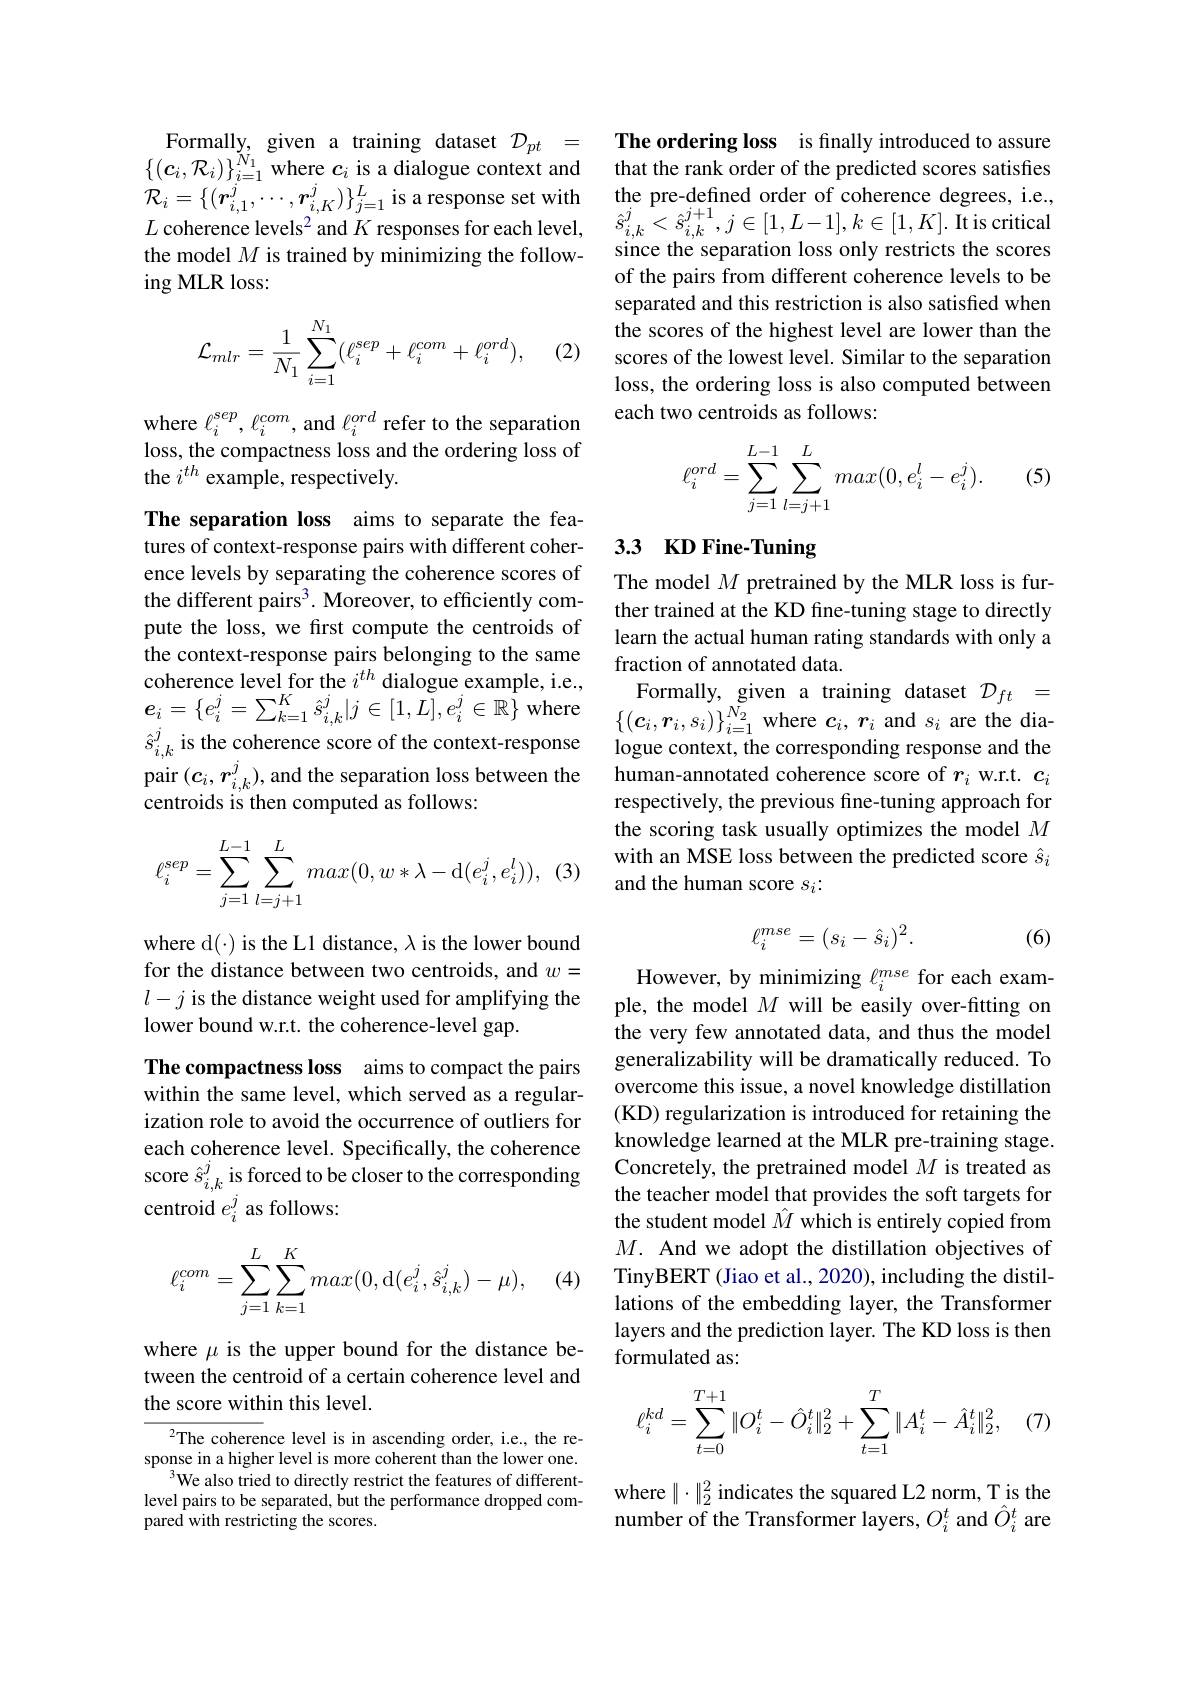
Formally, given a training dataset $\mathcal{D}_pt=$ $\{(\boldsymbol{c}_i,\mathcal{R}_i)\}_{i=1}^{\breve{N}_1}$where $\boldsymbol c_i$ is a dialogue context and $\mathcal{R} _i= \{ ( r_{i, 1}^j, \cdots , r_{i, K}^j) \} _{j= 1}^L$ is a response set with the pre- defined order of coherence degres, i. e, $L\text{ coherence levels}^2$and $K$ responses for each level, $\hat{s} _{i, k}^j< \hat{s} _{i, k}^{j+ 1}, j\in [ 1, L- 1] , k\in [ 1, K] .$ Itis critical the mod
ing MLR loss:
$$\begin{aligned}\mathcal{L}_{mlr}=\frac{1}{N_1}\sum_{i=1}^{N_1}(\ell_i^{sep}+\ell_i^{com}+\ell_i^{ord}),\end{aligned}$$
(2)

where $\ell_i^{sep},\ell_i^{com}$, and $\ell_i^{ord}$ refer to the separation loss, the compactness loss and the ordering loss of the $i^th$ example, respectively.

The separation loss aims to separate the features of context-response pairs with different coherence levels by separating the coherence scores of the different pairs$^3.$ Moreover, to efficiently compute the loss, we first compute the centroids of the context-response pairs belonging to the same coherence level for the $i^{th}$ dialogue example, i.e., $\begin{aligned}&\text{conerence level for the }i^{\upsilon u}\text{dialogue example,1.e,}&\text{Formally, given a training dataset }\mathcal{D}_{ft}&=\\&e_{i}=\{e_{i}^{j}=\sum_{k=1}^{K}\hat{s}_{i,k}^{j}|j\in[1,L],e_{i}^{j}\in\mathbb{R}\}\mathrm{~where}&\{(\boldsymbol{c}_{i},\boldsymbol{r}_{i},s_{i})\}_{i=1}^{{N_{2}}}\mathrm{~where~}\boldsymbol{c}_{i},\boldsymbol{r}_{i}\text{}\end{aligned}$
$\hat{s}_{i,k}^j$ is the coherence score of the context-response pair $(c_i,r_{i,k}^j)$,and the separation loss between the centroids is then computed as follows:

(3
$$\ell_i^{sep}=\sum\limits_{j=1}^{L-1}\sum\limits_{l=j+1}^{L}max(0,w*\lambda-\mathrm{d}(e_i^j,e_i^l)),$$
where d(-) is the L1 distance, $\lambda$ is the lower bound for the distance between two centroids, and $w=$ $l-j$ is the distance weight used for amplifying the lower bound w.r.t. the coherence-level gap.

The compactness loss aims to compact the pairs within the same level, which served as a regularization role to avoid the occurrence of outliers for each coherence level. Specifically, the coherence score $\hat{s}_{i,k}^j$ is forced to be closer to the corresponding centroid $e_i^j$ as follows:
$$\ell_i^{com}=\sum\limits_{j=1}^L\sum\limits_{k=1}^Kmax(0,\mathrm{d}(e_i^j,\hat{s}_{i,k}^j)-\mu),$$
(4)

where $\mu$ is the upper bound for the distance between the centroid of a certain coherence level and the score within this level.

$^{2}$The coherence level is in ascending order, i.e., the response in a higher level is more coherent than the lower one.
$^{3}$We also tried to directly restrict the features of differentlevel pairs to be separated, but the performance dropped compared with restricting the scores.

The ordering loss is finally introduced to assure that the rank order of the predicted scores satisfies of the pairs from different coherence levels to be separated and this restriction is also satisfied when the scores of the highest level are lower than the scores of the lowest level. Similar to the separation loss, the ordering loss is also computed between each two centroids as follows:

(5)
$$\ell_i^{ord}=\sum\limits_{j=1}^{L-1}\sum\limits_{l=j+1}^{L}max(0,e_i^l-e_i^j).$$
### 3.3 KD Fine-Tuning

The model $M$ pretrained by the MLR loss is further trained at the KD fine-tuning stage to directly learn the actual human rating standards with only a fraction of annotated data.
logue context, the corresponding response and the human-annotated coherence score of $r_i$ w.r.t. $c_i$ respectively, the previous fine-tuning approach for the scoring task usually optimizes the model $M$ with an MSE loss between the predicted score $\hat{s}_i$ and the human score $s_i:$
$$\ell_i^{mse}=(s_i-\hat{s}_i)^2.$$
(6)

However, by minimizing $\ell_i^{mse}$ for each example, the model $M$ will be easily over-fitting on the very few annotated data, and thus the model generalizability will be dramatically reduced. To overcome this issue, a novel knowledge distillation (KD) regularization is introduced for retaining the knowledge learned at the MLR pre-training stage. Concretely, the pretrained model $M$ is treated as the teacher model that provides the soft targets for the student model $\hat{M}$ which is entirely copied from $M.$ And we adopt the distillation objectives of TinyBERT (Jiao et al., 2020), including the distillations of the embedding layer, the Transformer layers and the prediction layer. The KD loss is then formulated as:
$$\ell_i^{kd}=\sum\limits_{t=0}^{T+1}\|O_i^t-\hat O_i^t\|_2^2+\sum\limits_{t=1}^T\|A_i^t-\hat A_i^t\|_2^2,\quad(7)$$
where $\|\cdot\|_2^2$ indicates the squared L2 norm, T is the number of the Transformer layers, $O_i^t$ and $\hat{O}_i^t$ are